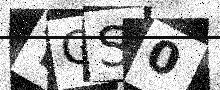
Text: TGS0